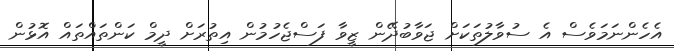
އެހެންނަމަވެސް އެ ސުވާލުތަކަށް ޖަވާބުދޭން ޒީވާ ފަސްޖެހުމުން އިތުރަށް ދީމް ކަންތައްތައް އޮޅުން